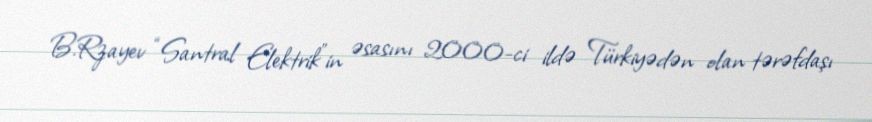
B.Rzayev “Santral Elektrik”in əsasını 2000-ci ildə Türkiyədən olan tərəfdaşı